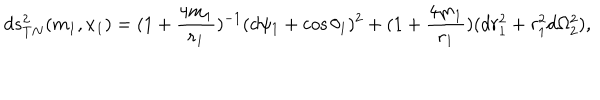
d s _ { T N } ^ { 2 } ( m _ { 1 } , x _ { 1 } ) = ( 1 + \frac { 4 m _ { 1 } } { r _ { 1 } } ) ^ { - 1 } ( d \psi _ { 1 } + \cos \theta _ { 1 } ) ^ { 2 } + ( 1 + \frac { 4 m _ { 1 } } { r _ { 1 } } ) ( d r _ { 1 } ^ { 2 } + r _ { 1 } ^ { 2 } d \Omega _ { 2 } ^ { 2 } ) ,